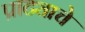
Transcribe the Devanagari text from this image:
प्राट्याचे